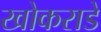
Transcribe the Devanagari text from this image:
खोकराडे